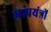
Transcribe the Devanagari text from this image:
मापयंत्रों